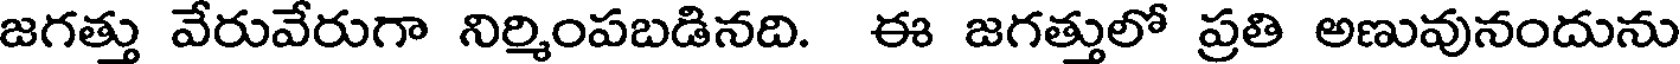
జగత్తు వేరువేరుగా నిర్మింపబడినది. ఈ జగత్తులో ప్రతి అణువునందును